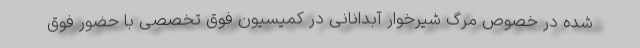
شده در خصوص مرگ شیرخوار آبدانانی در کمیسیون فوق تخصصی با حضور فوق